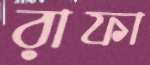
রাফা